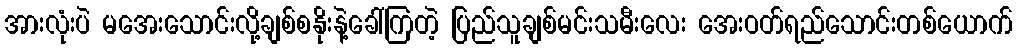
အားလုံးပဲ မအေးသောင်းလို့ချစ်စနိုးနဲ့ခေါ်ကြတဲ့ ပြည်သူချစ်မင်းသမီးလေး အေးဝတ်ရည်သောင်းတစ်ယောက်